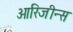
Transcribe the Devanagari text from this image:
ओरिजीन्स